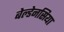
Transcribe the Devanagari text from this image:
बेल्डेनसिया